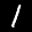
Label: 1